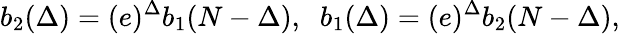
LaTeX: b_{2}(\Delta)=(e)^{\Delta}b_{1}(N-\Delta),\; \; b_{1}(\Delta)=(e)^{\Delta}b_{2}(N-\Delta),\,